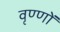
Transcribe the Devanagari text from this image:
वृण्णों